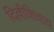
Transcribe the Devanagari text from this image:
दिल्लीशिवाय